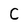
Character: C